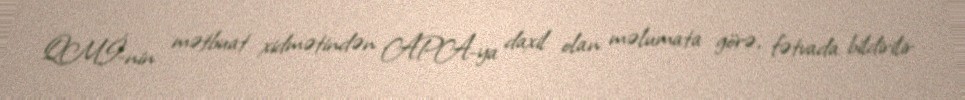
QMİ-nin mətbuat xidmətindən APA-ya daxil olan məlumata görə, fətvada bildirilir